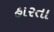
હારતા